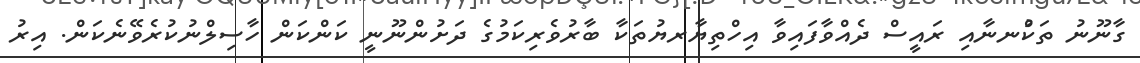
ގާނޫނު ތަކުްނނާއި ރައީސް ދެއްވާފައިވާ އިހްތިޔާރޔުތަކާ ބާރުވެރިކަމުގެ ދަށުންނޫނީ ކަންކަން ހާސިލްނުކުރެވޭނެކަން. އިރު